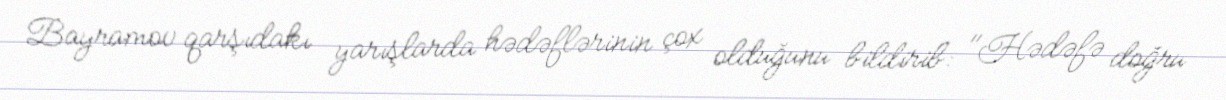
Bayramov qarşıdakı yarışlarda hədəflərinin çox olduğunu bildirib: "Hədəfə doğru